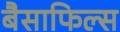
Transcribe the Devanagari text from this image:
बैसाफिल्स